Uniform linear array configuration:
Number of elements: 48
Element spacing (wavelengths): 0.5
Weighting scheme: cosine
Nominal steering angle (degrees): -45
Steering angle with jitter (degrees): -45.238
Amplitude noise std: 0.05
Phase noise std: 0.05

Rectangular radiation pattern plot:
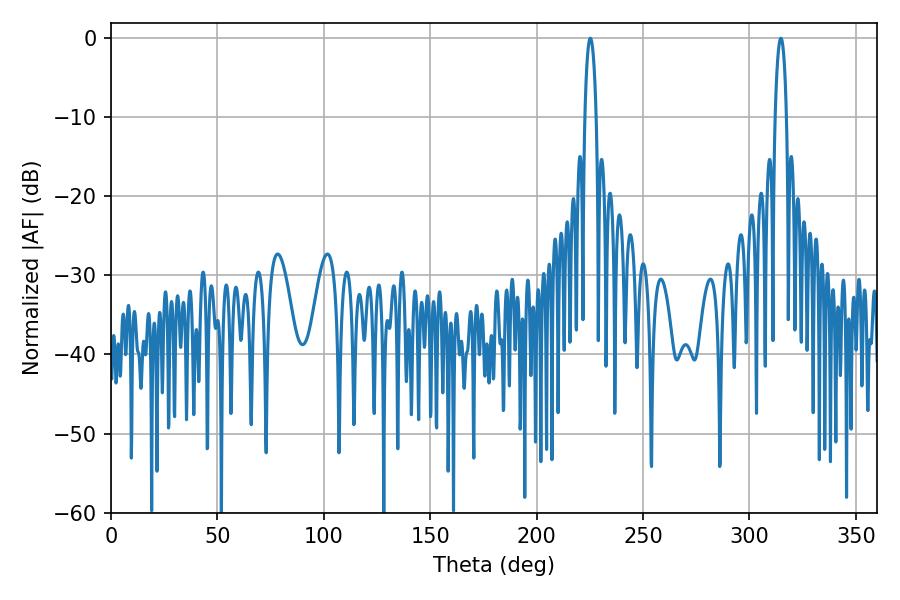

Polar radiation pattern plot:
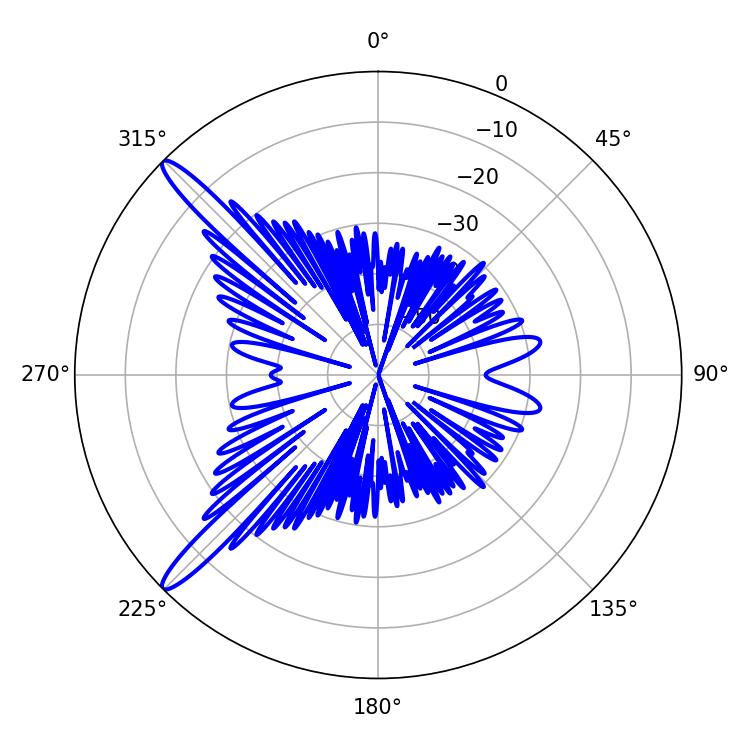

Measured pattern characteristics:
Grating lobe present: FALSE
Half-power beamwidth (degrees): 3.06
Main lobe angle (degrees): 225.18